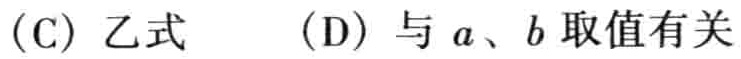
(C) 乙式  (D) 与 \(a\)、\(b\) 取值有关